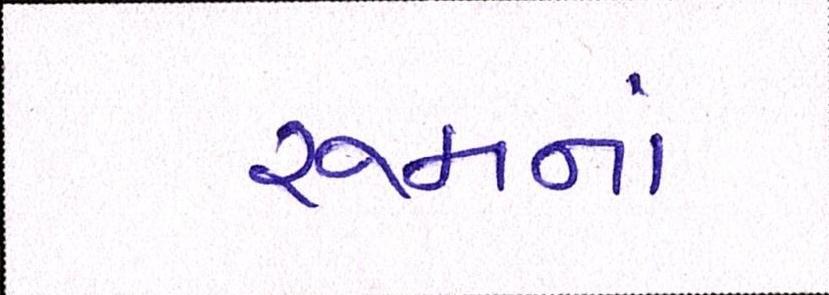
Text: રૂમનાં